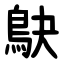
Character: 鴃